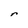
Character: r